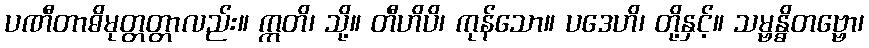
ပဏီတာဓိမုတ္တတ္တာလည်း။ ဣတိ၊ သို့။ တီဟိပိ၊ ကုန်သော။ ပဒေဟိ၊ တို့နှင့်။ သမ္ဗန္ဓိတဗ္ဗော၊